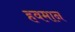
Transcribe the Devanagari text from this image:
हवमान